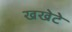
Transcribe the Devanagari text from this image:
खखेटे